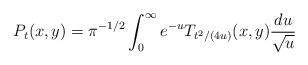
LaTeX: \begin{align*} P_t(x,y)= \pi^{-1/2}\int_0^{\infty} e^{-u}T_{t^2\slash (4u)}(x,y) \frac{du}{\sqrt{u}} \end{align*}